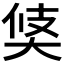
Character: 𱘳